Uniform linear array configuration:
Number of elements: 48
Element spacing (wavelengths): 1
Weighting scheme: binomial
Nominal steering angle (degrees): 15
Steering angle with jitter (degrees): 14.622
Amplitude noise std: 0.05
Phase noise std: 0.05

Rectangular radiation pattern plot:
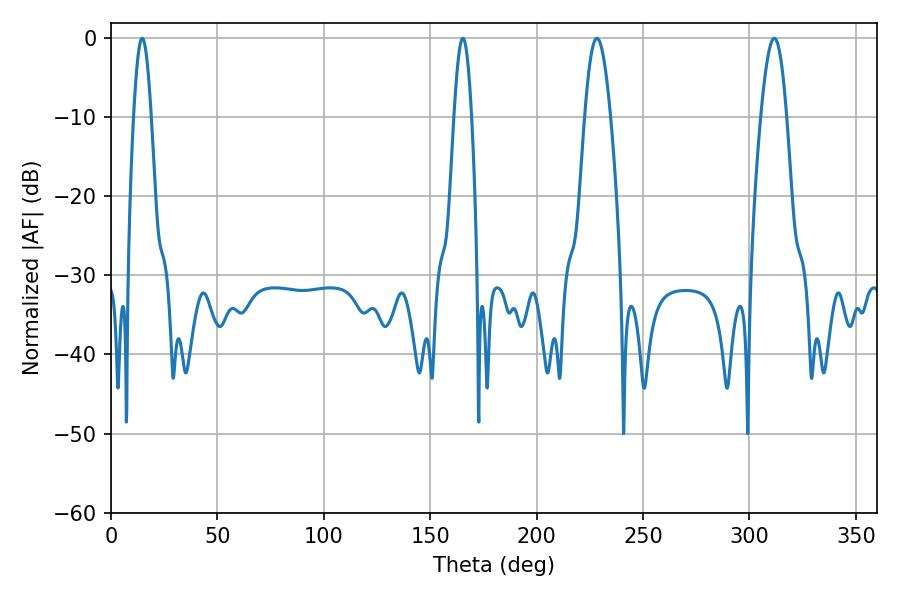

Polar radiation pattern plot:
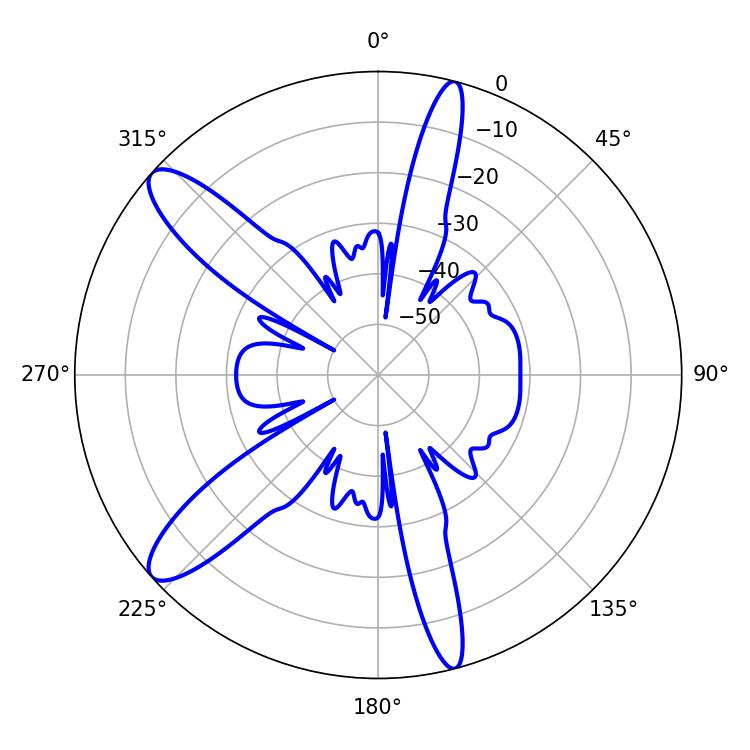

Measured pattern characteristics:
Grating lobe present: TRUE
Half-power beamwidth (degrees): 6.48
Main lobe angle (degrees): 228.24